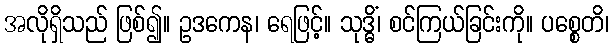
အလိုရှိသည် ဖြစ်၍။ ဥဒကေန၊ ရေဖြင့်။ သုဒ္ဓိံ၊ စင်ကြယ်ခြင်းကို။ ပစ္စေတိ၊